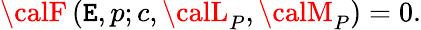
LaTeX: {\calF}\left(\mathtt{E},p;c,{\calL}_{P},{\calM}_{P}\right)=0.